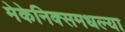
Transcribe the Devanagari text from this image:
मेकेनिक्समधल्या